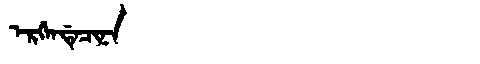
Manchu: ᡝᡵᡤᡝᠨᡩᡝᠴᡳᠨᠠ
Romanization: ERGENDECINA